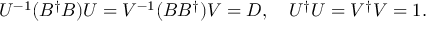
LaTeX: U ^ { - 1 } ( B ^ { \dagger } B ) U = V ^ { - 1 } ( B B ^ { \dagger } ) V = D , \quad U ^ { \dagger } U = V ^ { \dagger } V = 1 .